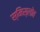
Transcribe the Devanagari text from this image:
स्मिस्लोव